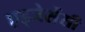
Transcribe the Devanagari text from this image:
एड्जेसेंसी